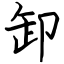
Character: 卸